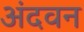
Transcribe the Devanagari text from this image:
अंदवन